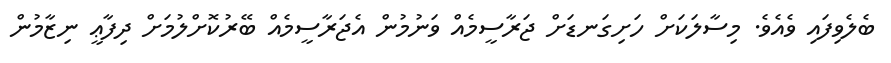
ބެލެވިފައި ވެއެވެ. މިސާލަކަށް ހަށިގަނޑަށް ޖަރާސީމެއް ވަނުމުން އެޖަރާސީމެއް ބޭރުކޮށްލުމަށް ދިފާޢީ ނިޒާމުން